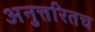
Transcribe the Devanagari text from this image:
अनुत्तरितच